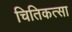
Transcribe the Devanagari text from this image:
चितिकत्सा